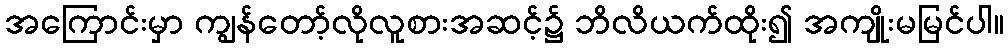
အကြောင်းမှာ ကျွန်တော့်လိုလူစားအဆင့်၌ ဘိလိယက်ထိုး၍ အကျိုးမမြင်ပါ။